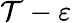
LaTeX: \mathcal{T}-\varepsilon